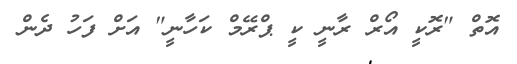
އޮތް "ރޮކީ އޯރް ރާނީ ކީ ޕްރޭމް ކަހާނީ" އަށް ފަހު ދެން